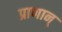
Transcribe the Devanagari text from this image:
प्राणान्